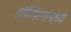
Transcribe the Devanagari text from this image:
डॉल्फिनांमध्ये